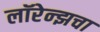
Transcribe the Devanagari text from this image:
लॉरेन्झचा